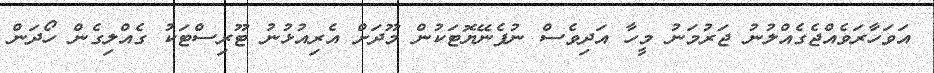
އަވަހާރަވެއްޖެގެއްލުނު ޖަރުމަނު މީހާ އަދިވެސް ނުފެނޭޔޮޓަކުން މޫދަށް އެރިއުޅުނު ޓޫރިސްޓަކު ގެއްލިގެން ހޯދަން